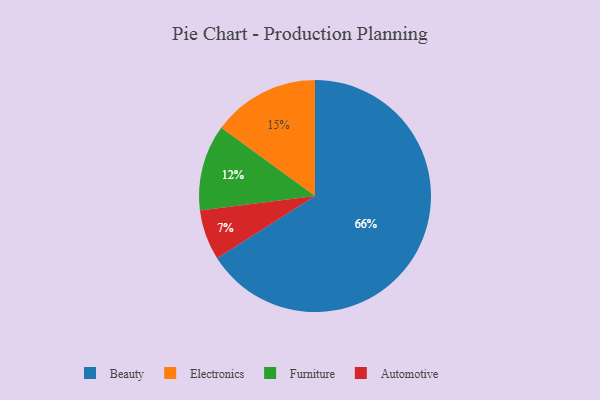
{"axis": {"x": "Category", "y": "Percentage"}, "legend": ["Automotive", "Beauty", "Electronics", "Furniture"], "data": [{"x": "Electronics", "y": 15, "type": "Electronics"}, {"x": "Automotive", "y": 7, "type": "Automotive"}, {"x": "Furniture", "y": 12, "type": "Furniture"}, {"x": "Beauty", "y": 66, "type": "Beauty"}]}